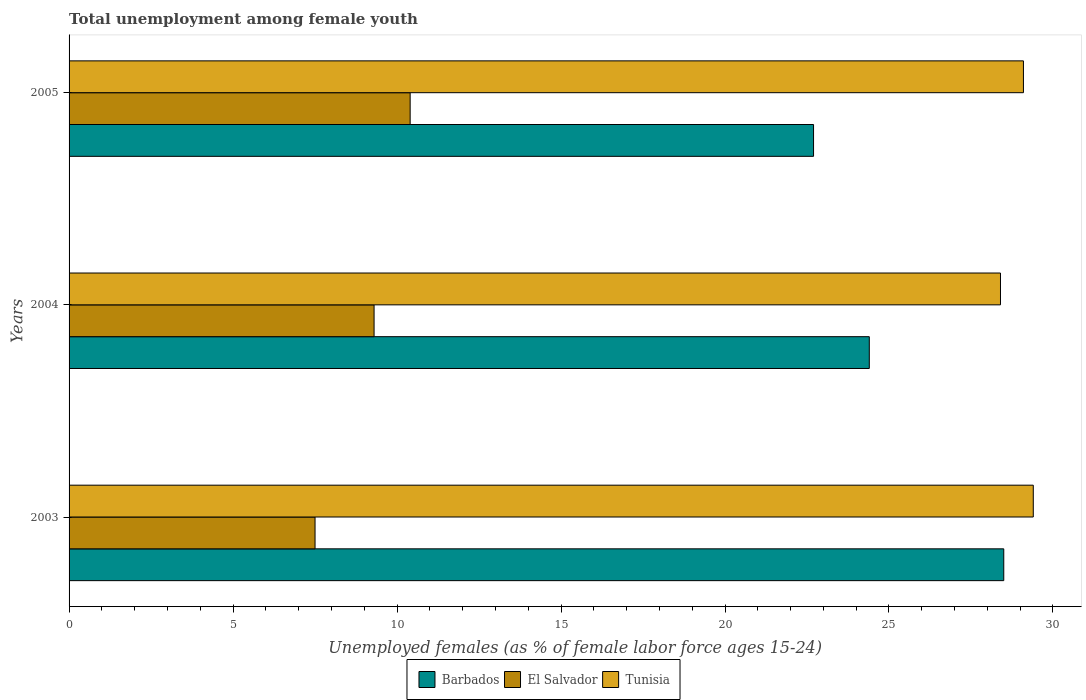
| Years | Barbados | El Salvador | Tunisia |
 | --- | --- | --- | --- |
 | 2003 | 28.5 | 7.5 | 29.4 |
 | 2004 | 24.4 | 9.3 | 28.4 |
 | 2005 | 22.7 | 10.4 | 29.1 |